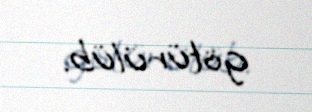
götürülüb.